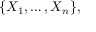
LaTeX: \{ X _ { 1 } , \dots , X _ { n } \} ,